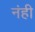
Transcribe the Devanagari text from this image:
नंही